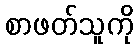
စာဖတ်သူကို